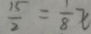
\frac { 1 5 } { 2 } = \frac { 1 } { 8 } x